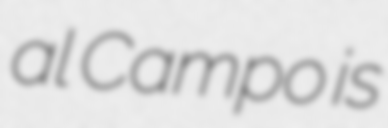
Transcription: al Campo is